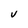
Character: V